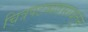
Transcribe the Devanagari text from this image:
चित्रपटव्यवसायतून